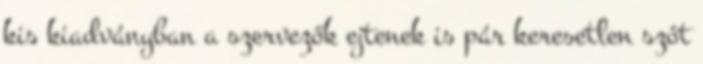
kis kiadványban a szervezők ejtenek is pár keresetlen szót